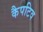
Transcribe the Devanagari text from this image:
कैपटिव